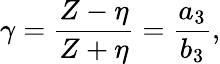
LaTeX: \gamma=\frac{Z-\eta}{Z+\eta}=\frac{a_{3}}{b_{3}},